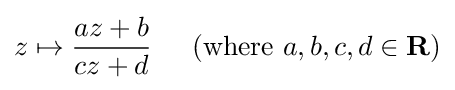
z\mapsto {\frac {az+b}{cz+d}}\;\;\;\;{\mbox{ (where }}a,b,c,d\in \mathbf {R} {\mbox{)}}